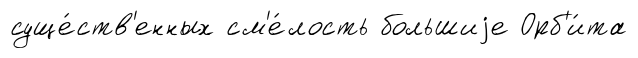
суще́ств'енных см'е́лость большиjе Орб'и́та